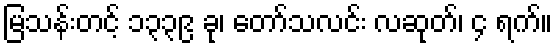
မြသန်းတင့် ၁၃၃၉ ခု၊ တော်သလင်း လဆုတ်၊ ၄ ရက်။